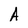
Character: A